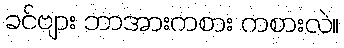
ခင်ဗျား ဘာအားကစား ကစားလဲ။